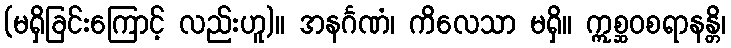
(မရှိခြင်းကြောင့် လည်းဟူ)။ အနင်္ဂဏံ၊ ကိလေသာ မရှိ။ ဣစ္ဆဝစရာနန္တိ၊